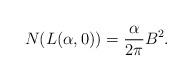
LaTeX: \begin{align*}N (L(\alpha, 0)) = \frac{\alpha}{2 \pi} B^2.\end{align*}